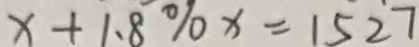
x + 1 . 8 \% x = 1 5 2 7